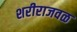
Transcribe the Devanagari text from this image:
शरीराजवळ